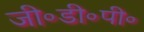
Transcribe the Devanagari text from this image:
जी॰डी॰पी॰